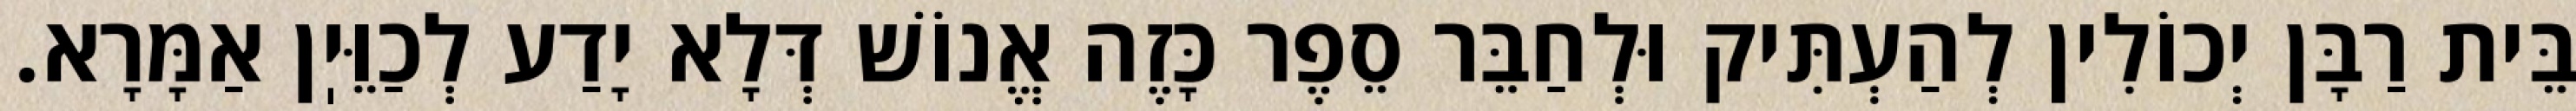
בֵּית רַבָּן יְכוֹלִין לְהַעְתִּיק וּלְחַבֵּר סֵפֶר כָּזֶה אֱנוֹשׁ דְּלָא יָדַע לְכַוֵּיֽן אַמָּרָא.